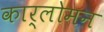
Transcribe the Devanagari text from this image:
कार्लोमन